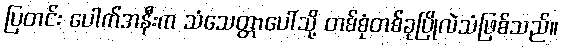
ပြတင်း ပေါက်အနီးက သံသေတ္တာပေါ်သို့ တစ်စုံတစ်ခုပြိုလဲသံဖြစ်သည်။